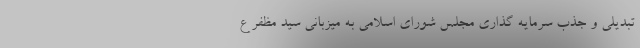
تبدیلی و جذب سرمایه گذاری مجلس شورای اسلامی به میزبانی سید مظفر ع